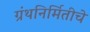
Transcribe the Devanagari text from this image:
ग्रंथनिर्मितीचे